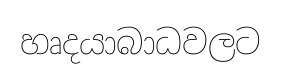
හෘදයාබාධවලට